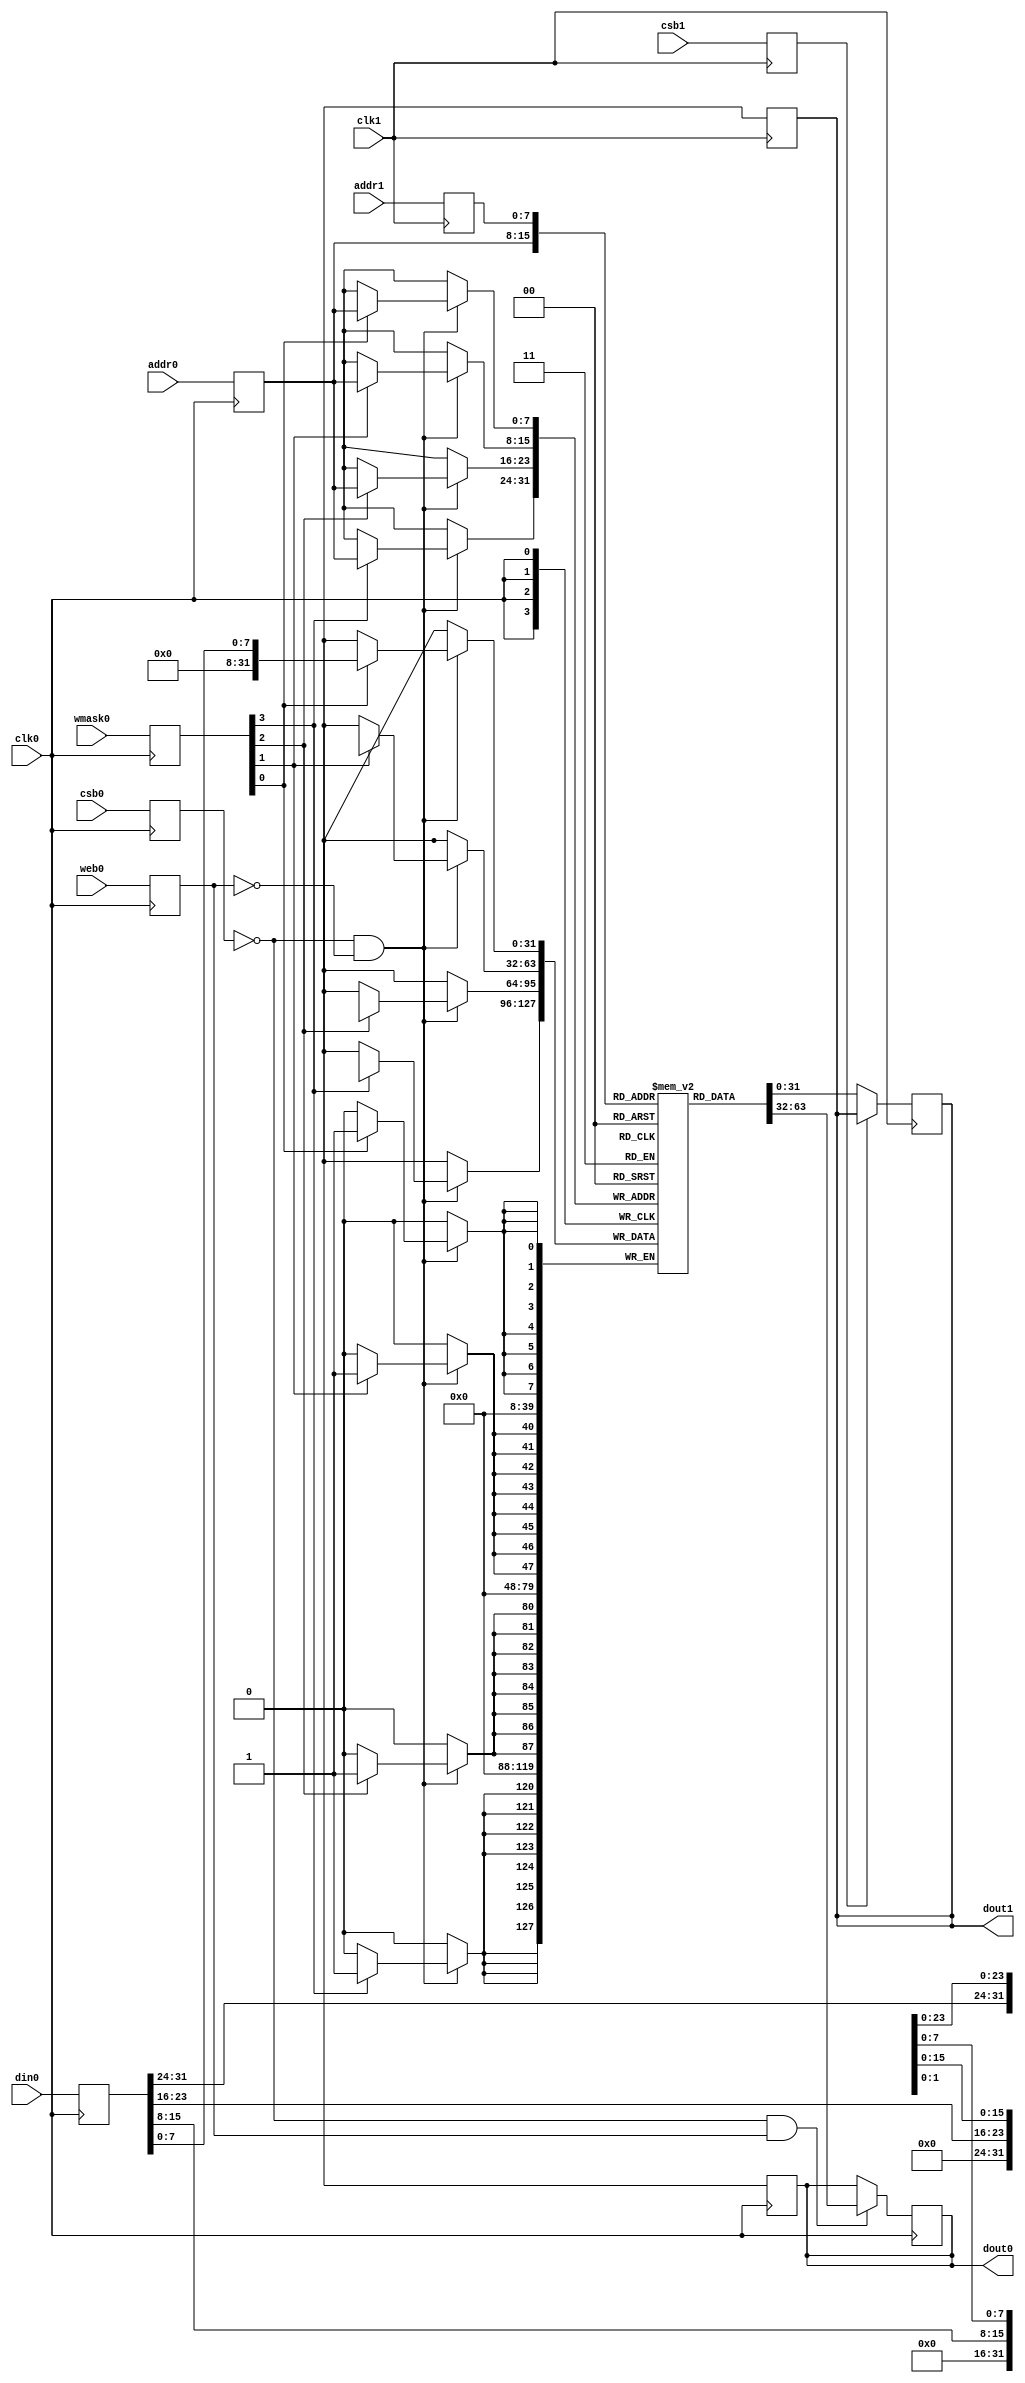
 module sky130_sram_1kbyte_1rw1r_32x256_8_inst(
    `ifdef USE_POWER_PINS
        vccd1,
        vssd1,
    `endif
    // Port 0: RW
        clk0,csb0,web0,wmask0,addr0,din0,dout0,
    // Port 1: R
        clk1,csb1,addr1,dout1
    );

    parameter NUM_WMASKS = 4 ;
    parameter DATA_WIDTH = 32 ;
    parameter ADDR_WIDTH = 8 ;
    parameter RAM_DEPTH = 1 << ADDR_WIDTH;
    // FIXME: This delay is arbitrary.
    parameter DELAY = 0 ;
    parameter VERBOSE = 0 ; //Set to 0 to only display warnings
    parameter T_HOLD = 0 ; //Delay to hold dout value after posedge. Value is arbitrary

    `ifdef USE_POWER_PINS
        inout vccd1;
        inout vssd1;
    `endif
    input  clk0; // clock
    input   csb0; // active low chip select
    input  web0; // active low write control
    input [NUM_WMASKS-1:0]   wmask0; // write mask
    input [ADDR_WIDTH-1:0]  addr0;
    input [DATA_WIDTH-1:0]  din0;
    output [DATA_WIDTH-1:0] dout0;
    input  clk1; // clock
    input   csb1; // active low chip select
    input [ADDR_WIDTH-1:0]  addr1;
    output [DATA_WIDTH-1:0] dout1;

    reg  csb0_reg;
    reg  web0_reg;
    reg [NUM_WMASKS-1:0]   wmask0_reg;
    reg [ADDR_WIDTH-1:0]  addr0_reg;
    reg [DATA_WIDTH-1:0]  din0_reg;
    reg [DATA_WIDTH-1:0]  dout0;

    // All inputs are registers
    always @(posedge clk0)
    begin
        csb0_reg = csb0;
        web0_reg = web0;
        wmask0_reg = wmask0;
        addr0_reg = addr0;
        din0_reg = din0;
        #(T_HOLD) dout0 = 32'bx;
        // if ( !csb0_reg && web0_reg && VERBOSE ) 
        //   $display($time," Reading %m addr0=%b dout0=%b",addr0_reg,mem[addr0_reg]);
        // if ( !csb0_reg && !web0_reg && VERBOSE )
        //   $display($time," Writing %m addr0=%b din0=%b wmask0=%b",addr0_reg,din0_reg,wmask0_reg);
    end

    reg  csb1_reg;
    reg [ADDR_WIDTH-1:0]  addr1_reg;
    reg [DATA_WIDTH-1:0]  dout1;

    // All inputs are registers
    always @(posedge clk1)
    begin
        csb1_reg = csb1;
        addr1_reg = addr1;
        // if (!csb0 && !web0 && !csb1 && (addr0 == addr1))
        //      $display($time," WARNING: Writing and reading addr0=%b and addr1=%b simultaneously!",addr0,addr1);
        #(T_HOLD) dout1 = 32'bx;
        // if ( !csb1_reg && VERBOSE ) 
        //   $display($time," Reading %m addr1=%b dout1=%b",addr1_reg,mem[addr1_reg]);
    end

    reg [DATA_WIDTH-1:0]    mem [0:RAM_DEPTH-1];

    initial
    begin

    	mem[0] = 32'h00000000;
	mem[1] = 32'h00000000;
	mem[2] = 32'hfe010113;
	mem[3] = 32'h00812e23;
	mem[4] = 32'h02010413;
	mem[5] = 32'hfe042623;
	mem[6] = 32'hffd00793;
	mem[7] = 32'hfef42423;
	mem[8] = 32'hfec42783;
	mem[9] = 32'h00179793;
	mem[10] = 32'hfef42223;
	mem[11] = 32'hfe442783;
	mem[12] = 32'hfe842703;
	mem[13] = 32'h00ef7f33;
	mem[14] = 32'h00ff6f33;
	mem[15] = 32'h001f7793;
	mem[16] = 32'hfef42023;
	mem[17] = 32'hfe042783;
	mem[18] = 32'h02078663;
	mem[19] = 32'h00100793;
	mem[20] = 32'hfef42623;
	mem[21] = 32'hfec42783;
	mem[22] = 32'h00179793;
	mem[23] = 32'hfef42223;
	mem[24] = 32'hfe442783;
	mem[25] = 32'hfe842703;
	mem[26] = 32'h00ef7f33;
	mem[27] = 32'h00ff6f33;
	mem[28] = 32'hfcdff06f;
	mem[29] = 32'hfe042623;
	mem[30] = 32'hfec42783;
	mem[31] = 32'h00179793;
	mem[32] = 32'hfef42223;
	mem[33] = 32'hfe442783;
	mem[34] = 32'hfe842703;
	mem[35] = 32'h00ef7f33;
	mem[36] = 32'h00ff6f33;
	mem[37] = 32'hfa9ff06f;
	mem[38] = 32'hffffffff;
	mem[39] = 32'hffffffff;

    end

    // Memory Write Block Port 0
    // Write Operation : When web0 = 0, csb0 = 0
    always @ (negedge clk0)
    begin : MEM_WRITE0
        if ( !csb0_reg && !web0_reg ) begin
            if (wmask0_reg[0])
                    mem[addr0_reg][7:0] = din0_reg[7:0];
            if (wmask0_reg[1])
                    mem[addr0_reg][15:8] = din0_reg[15:8];
            if (wmask0_reg[2])
                    mem[addr0_reg][23:16] = din0_reg[23:16];
            if (wmask0_reg[3])
                    mem[addr0_reg][31:24] = din0_reg[31:24];
        end
    end

    // Memory Read Block Port 0
    // Read Operation : When web0 = 1, csb0 = 0
    always @ (negedge clk0)
    begin : MEM_READ0
        if (!csb0_reg && web0_reg)
        dout0 = #(DELAY) mem[addr0_reg];
    end

    // Memory Read Block Port 1
    // Read Operation : When web1 = 1, csb1 = 0
    always @ (negedge clk1)
    begin : MEM_READ1
        if (!csb1_reg)
        dout1 = #(DELAY) mem[addr1_reg];
    end

    endmodule

   module sky130_sram_1kbyte_1rw1r_32x256_8_data(
    `ifdef USE_POWER_PINS
        vccd1,
        vssd1,
    `endif
    // Port 0: RW
        clk0,csb0,web0,wmask0,addr0,din0,dout0,
    // Port 1: R
        clk1,csb1,addr1,dout1
    );

    parameter NUM_WMASKS = 4 ;
    parameter DATA_WIDTH = 32 ;
    parameter ADDR_WIDTH = 8 ;
    parameter RAM_DEPTH = 1 << ADDR_WIDTH;
    // FIXME: This delay is arbitrary.
    parameter DELAY = 0 ;
    parameter VERBOSE = 0 ; //Set to 0 to only display warnings
    parameter T_HOLD = 0 ; //Delay to hold dout value after posedge. Value is arbitrary

    `ifdef USE_POWER_PINS
        inout vccd1;
        inout vssd1;
    `endif
    input  clk0; // clock
    input   csb0; // active low chip select
    input  web0; // active low write control
    input [NUM_WMASKS-1:0]   wmask0; // write mask
    input [ADDR_WIDTH-1:0]  addr0;
    input [DATA_WIDTH-1:0]  din0;
    output [DATA_WIDTH-1:0] dout0;
    input  clk1; // clock
    input   csb1; // active low chip select
    input [ADDR_WIDTH-1:0]  addr1;
    output [DATA_WIDTH-1:0] dout1;

    reg  csb0_reg;
    reg  web0_reg;
    reg [NUM_WMASKS-1:0]   wmask0_reg;
    reg [ADDR_WIDTH-1:0]  addr0_reg;
    reg [DATA_WIDTH-1:0]  din0_reg;
    reg [DATA_WIDTH-1:0]  dout0;

    // All inputs are registers
    always @(posedge clk0)
    begin
        csb0_reg = csb0;
        web0_reg = web0;
        wmask0_reg = wmask0;
        addr0_reg = addr0;
        din0_reg = din0;
        #(T_HOLD) dout0 = 32'bx;
        // if ( !csb0_reg && web0_reg && VERBOSE ) 
        //   $display($time," Reading %m addr0=%b dout0=%b",addr0_reg,mem[addr0_reg]);
        // if ( !csb0_reg && !web0_reg && VERBOSE )
        //   $display($time," Writing %m addr0=%b din0=%b wmask0=%b",addr0_reg,din0_reg,wmask0_reg);
    end

    reg  csb1_reg;
    reg [ADDR_WIDTH-1:0]  addr1_reg;
    reg [DATA_WIDTH-1:0]  dout1;

    // All inputs are registers
    always @(posedge clk1)
    begin
        csb1_reg = csb1;
        addr1_reg = addr1;
        // if (!csb0 && !web0 && !csb1 && (addr0 == addr1))
        //      $display($time," WARNING: Writing and reading addr0=%b and addr1=%b simultaneously!",addr0,addr1);
        #(T_HOLD) dout1 = 32'bx;
        // if ( !csb1_reg && VERBOSE ) 
        //   $display($time," Reading %m addr1=%b dout1=%b",addr1_reg,mem[addr1_reg]);
    end

    reg [DATA_WIDTH-1:0]    mem [0:RAM_DEPTH-1];

    // Memory Write Block Port 0
    // Write Operation : When web0 = 0, csb0 = 0
    always @ (negedge clk0)
    begin : MEM_WRITE0
        if ( !csb0_reg && !web0_reg ) begin
            if (wmask0_reg[0])
                    mem[addr0_reg][7:0] = din0_reg[7:0];
            if (wmask0_reg[1])
                    mem[addr0_reg][15:8] = din0_reg[15:8];
            if (wmask0_reg[2])
                    mem[addr0_reg][23:16] = din0_reg[23:16];
            if (wmask0_reg[3])
                    mem[addr0_reg][31:24] = din0_reg[31:24];
        end
    end

    // Memory Read Block Port 0
    // Read Operation : When web0 = 1, csb0 = 0
    always @ (negedge clk0)
    begin : MEM_READ0
        if (!csb0_reg && web0_reg)
        dout0 = #(DELAY) mem[addr0_reg];
    end

    // Memory Read Block Port 1
    // Read Operation : When web1 = 1, csb1 = 0
    always @ (negedge clk1)
    begin : MEM_READ1
        if (!csb1_reg)
        dout1 = #(DELAY) mem[addr1_reg];
    end

    endmodule